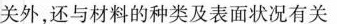
关外，还与材料的种类及表面状况有关